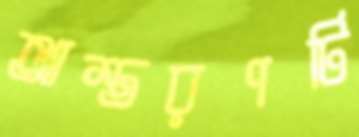
আস্তরণটি